38_143685_box7_Incident_Summaries_1-100
Agency: Department of War
Page 113
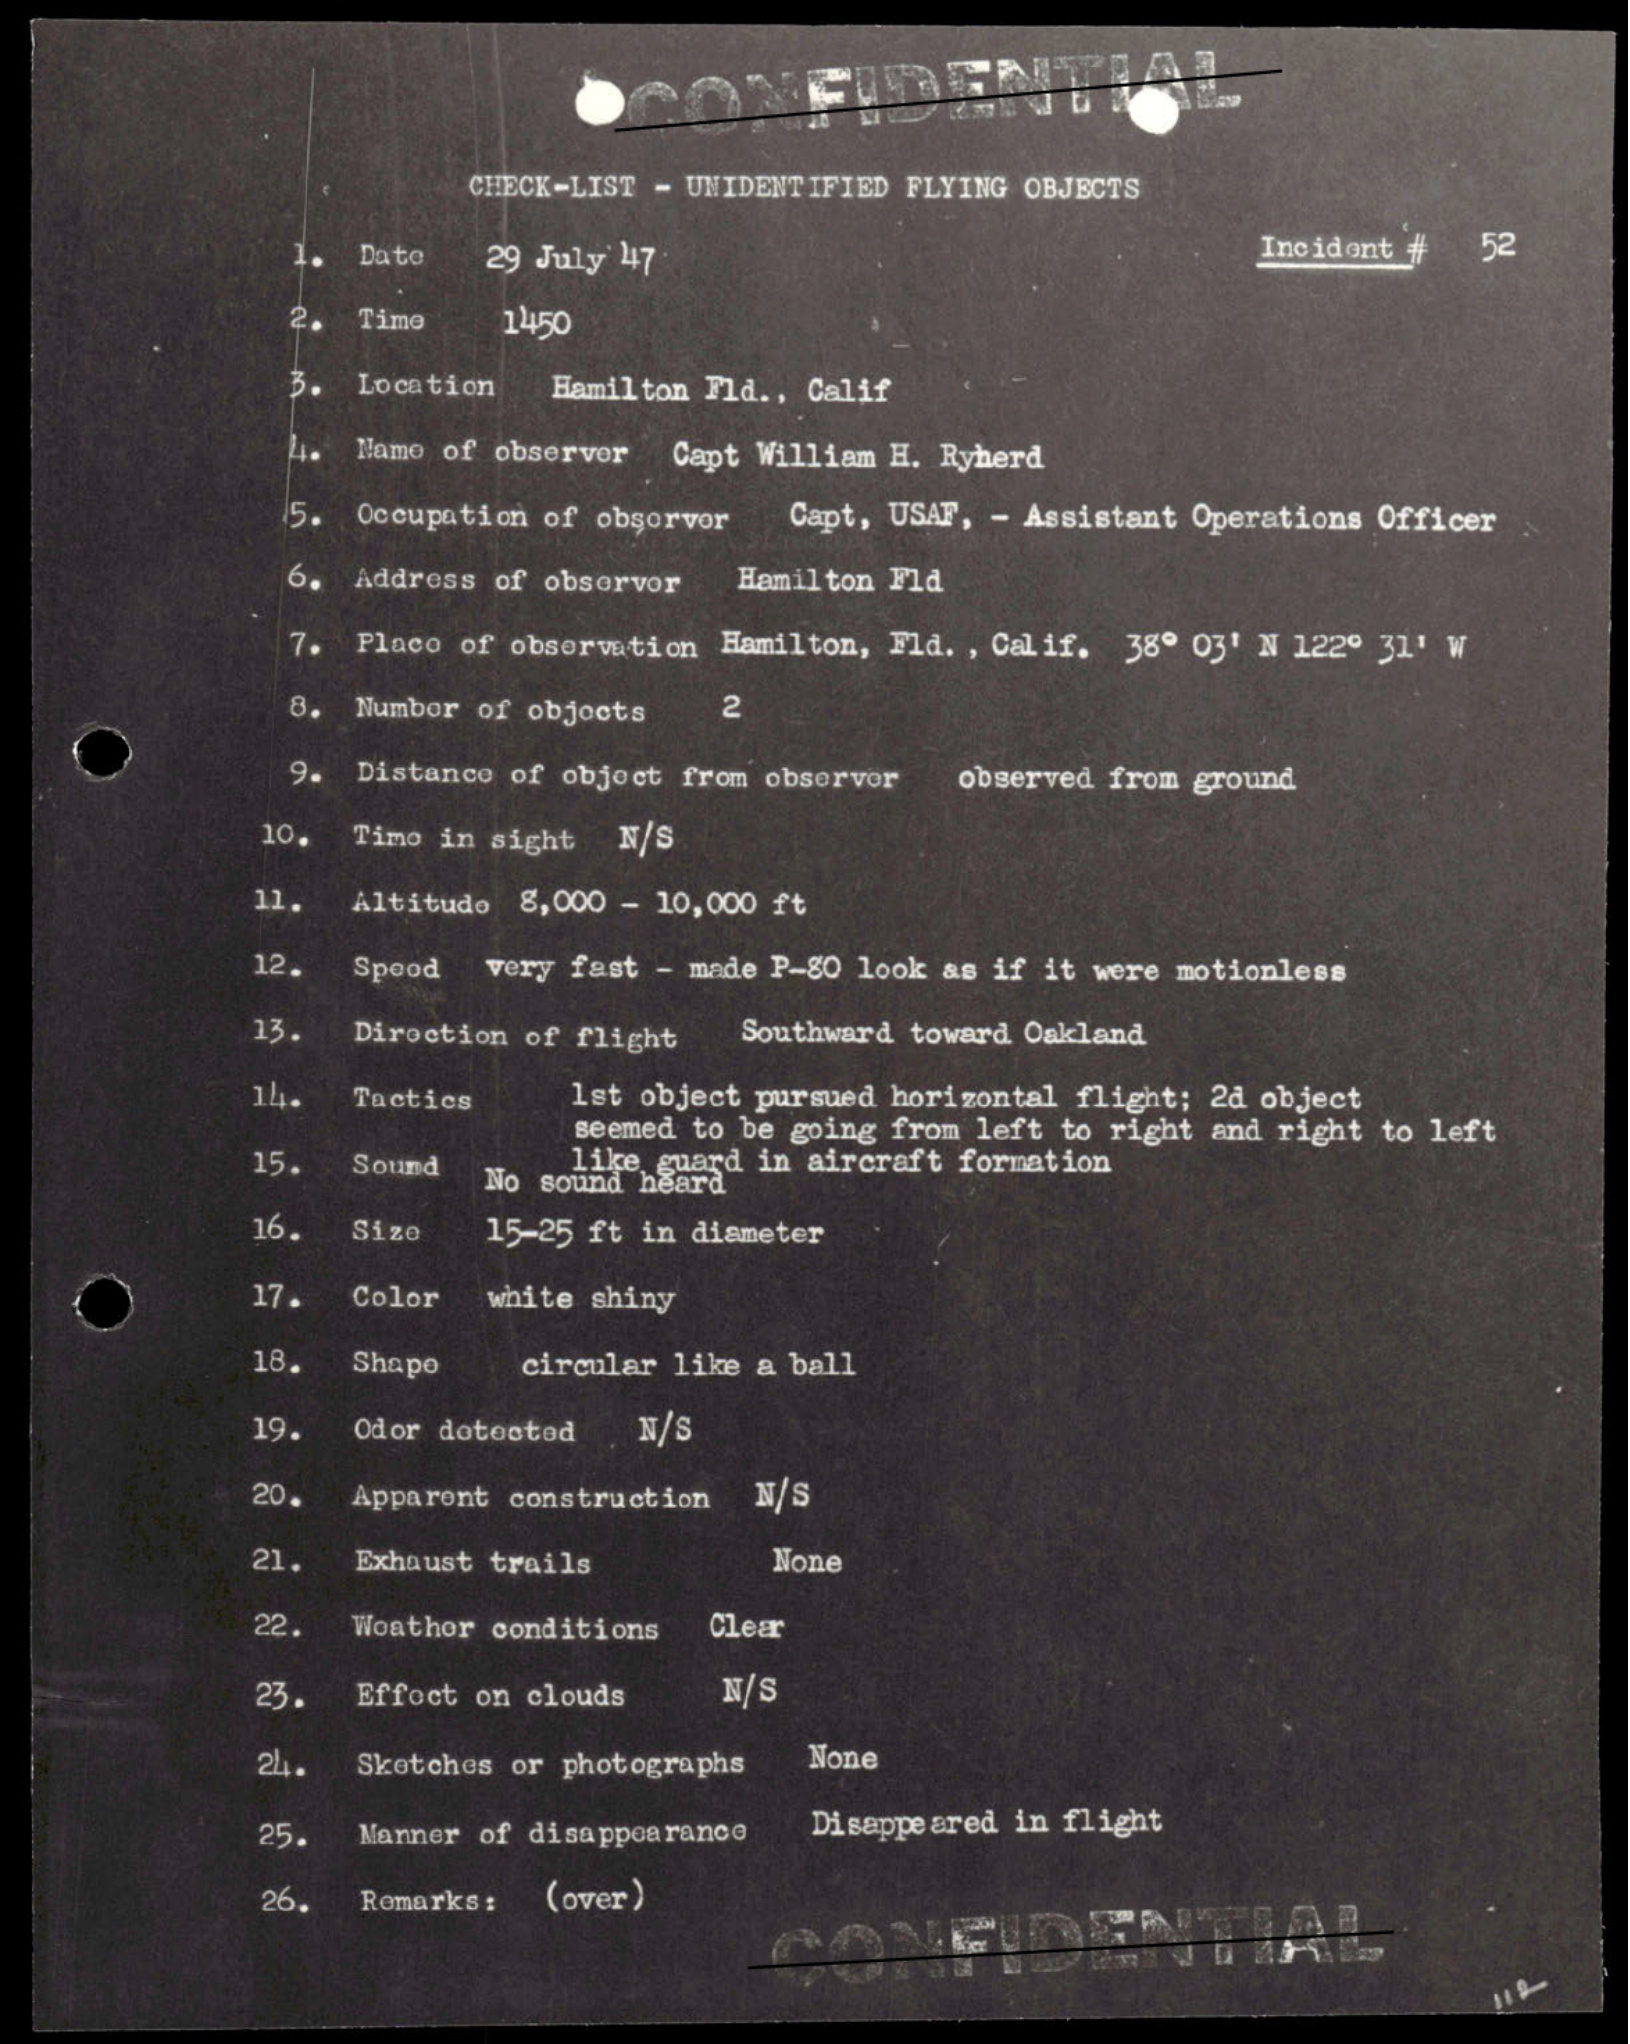